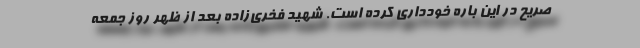
صریح در این باره خودداری کرده است. شهید فخری‌زاده بعد از ظهر روز جمعه